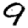
Digit: 9